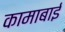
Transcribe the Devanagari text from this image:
कामाबाई